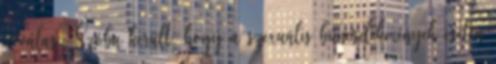
a válasz Szóba került, hogy a szexuális bűncselekmények esetén